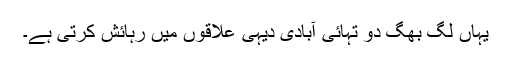
یہاں لگ بھگ دو تہائی آبادی دیہی علاقوں میں رہائش کرتی ہے۔